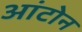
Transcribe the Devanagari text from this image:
आंटोन